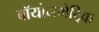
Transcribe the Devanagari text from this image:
बॉयोममेट्रिक